Scottish Leaving Certificate Examination, 1954
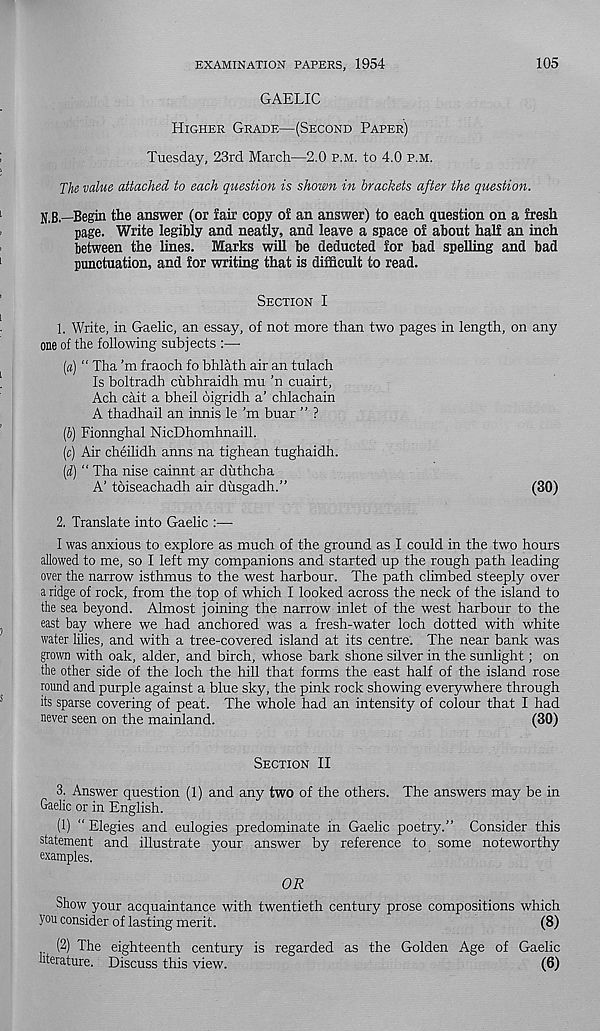
EXAMINATION PAPERS, 1954
105
GAELIC
Higher Grade—(Second Paper)
Tuesday, 23rd March—2.0 p.m. to 4.0 p.m.
The value attached to each question is shown in brackets after the question.
UB—Begin the answer (or fair copy oi an answer) to each question on a fresh
page. Write legibly and neatly, and leave a space of about half an inch
between the lines. Marks will be deducted for bad spelling and bad
punctuation, and for writing that is difficult to read.
Section I
1, Write, in Gaelic, an essay, of not more than two pages in length, on any
one of the following subjects :—•
(а) “ Tha’m fraoch fo bhlath air an tulach
Is boltradh cubhraidh mu ’n cuairt,
Ach cait a bheil oigridh a’ chlachain
A thadhail an innis le'm buar ” ?
(б) Fionnghal NicDhomhnaill.
(c) Air cheilidh anns na tighean tughaidh.
(d) “ Tha nise cainnt ar duthcha
A’ toiseachadh air dusgadh.”
(30)
2. Translate into Gaelic :—•
I was anxious to explore as much of the ground as I could in the two hours
allowed to me, so I left my companions and started up the rough path leading
over the narrow isthmus to the west harbour. The path climbed steeply over
a ridge of rock, from the top of which I looked across the neck of the island to
the sea beyond. Almost joining the narrow inlet of the west harbour to the
east bay where we had anchored was a fresh-water loch dotted with white
water lilies, and with a tree-covered island at its centre. The near bank was
grown with oak, alder, and birch, whose bark shone silver in the sunlight; on
the other side of the loch the hill that forms the east half of the island rose
round and purple against a blue sky, the pink rock showing everywhere through
its sparse covering of peat. The whole had an intensity of colour that I had
never seen on the mainland.
(30)
Section II
3. Answer question (1) and any two of the others. The answers may be in
Gaelic or in English.
(1) “ Elegies and eulogies predominate in Gaelic poetry.” Consider this
statement and illustrate your answer by reference to some noteworthy
examples.
OR
Show your acquaintance with twentieth century prose compositions which
you consider of lasting merit.
(8)
(2) The eighteenth century is regarded as the Golden Age of Gaelic
literature. Discuss this view.
(6)